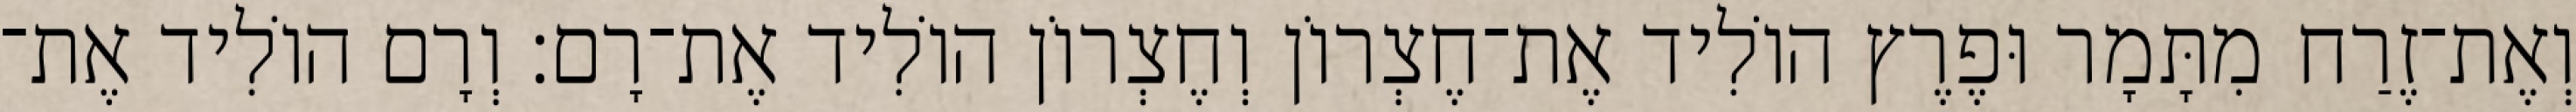
וְאֶת־זֶרַח מִתָּמָר וּפֶרֶץ הוֹלִיד אֶת־חֶצְרוֹן וְחֶצְרוֹן הוֹלִיד אֶת־רָם׃ וְרָם הוֹלִיד אֶת־